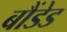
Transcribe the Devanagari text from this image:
बौंडेड